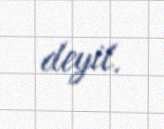
deyil.